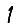
Digit: 1